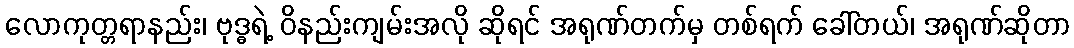
လောကုတ္တရာနည်း၊ ဗုဒ္ဓရဲ့ ဝိနည်းကျမ်းအလို ဆိုရင် အရုဏ်တက်မှ တစ်ရက် ခေါ်တယ်၊ အရုဏ်ဆိုတာ